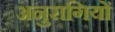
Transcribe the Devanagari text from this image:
अनुरागियों